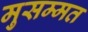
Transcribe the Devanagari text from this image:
मुसम्मत